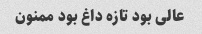
عالی بود تازه داغ بود ممنون